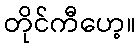
တိုင်ကီဟေ့။